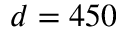
d = 4 5 0